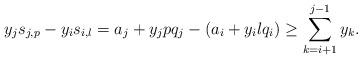
LaTeX: \begin{align*}y_j s_{j,p} - y_i s_{i,l} = a_j + y_j p q_j - \left(a_i + y_i l q_i\right) \ge \sum_{k=i+1}^{j-1} y_k.\end{align*}